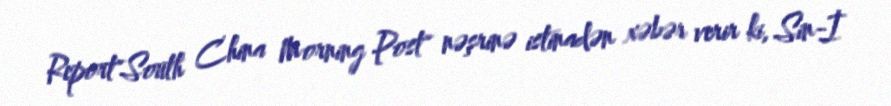
Report"South China Morning Post" nəşrinə istinadən xəbər verir ki, Sin-İ